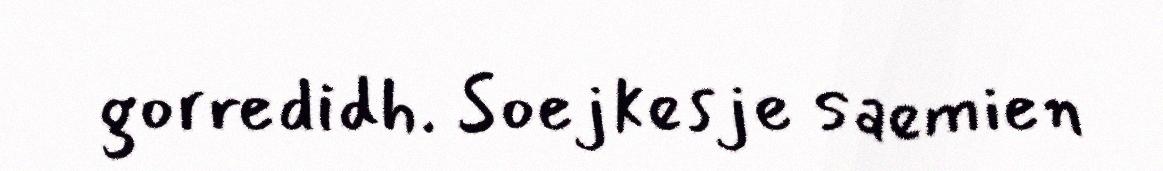
gorredidh. Soejkesje saemien